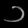
Digit: ၁